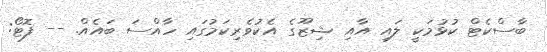
ބާސްކެޓް ކުޅުމަކީ ލައި އާއި ޝިޒޫގެ އެކުވެރިކަމުގައި ހާއްސަ ބައެއް. -- ފޮޓޯ: